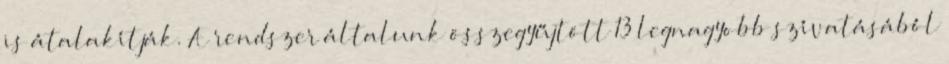
is átalakítják. A rendszer általunk összegyűjtött 13 legnagyobb szívatásából